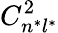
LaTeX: C_{n^{*}l^{*}}^{2}